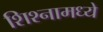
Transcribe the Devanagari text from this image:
शिश्नामध्ये